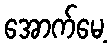
အောက်မေ့